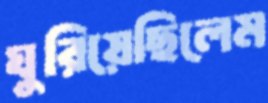
ঘুরিয়েছিলেম